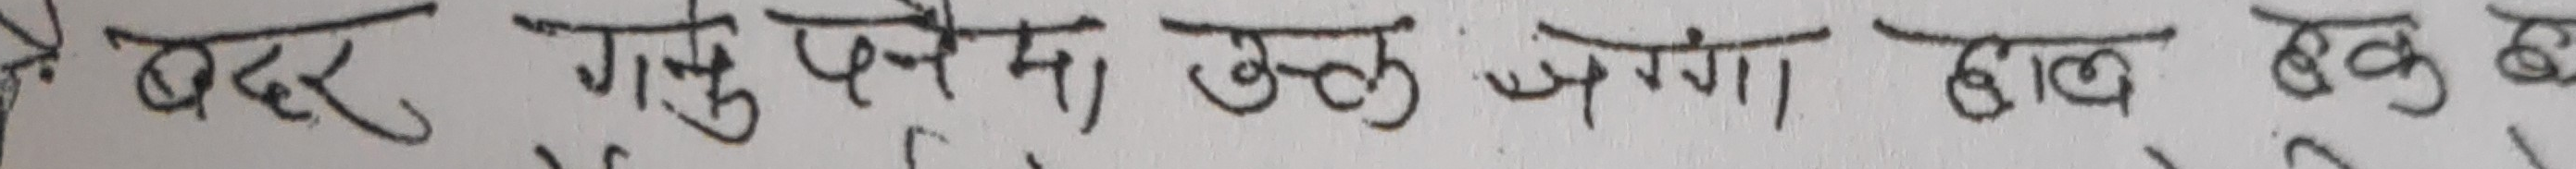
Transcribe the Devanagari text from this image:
बदर गनु पर्नेमा कुल जग्गा हाल बुक भएन